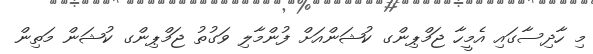
މި ހާދިސާގައި އެމީހާ ޖަމްޕިންގ ކުޝަންއަށް ފުންމާލި ވަގުތު ޖަމްޕިންގ ކުޝަން މަތިން